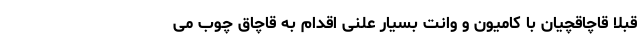
قبلا قاچاقچیان با کامیون و وانت بسیار علنی اقدام به قاچاق چوب می‌